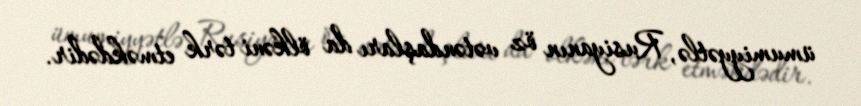
ümumiyyətlə, Rusiyanın öz vətəndaşları da ölkəni tərk etməkdədir.